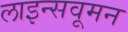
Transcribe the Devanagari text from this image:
लाइन्सवूमन